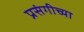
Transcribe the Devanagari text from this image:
प्रसंगीच्या